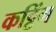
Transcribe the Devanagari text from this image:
कट्टिंग